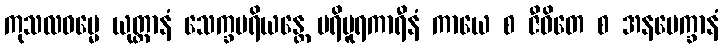
ကုသလဓမ္မေ ယုတ္တာနံ သေက္ခပရိယန္တေ ပရိပူရကာရီနံ ကာယေ စ ဇီဝိတေ စ အနပေက္ခာနံ